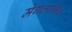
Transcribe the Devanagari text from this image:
मेगलानिक